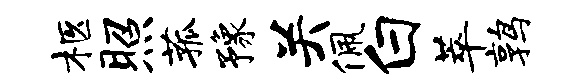
柩照菰豫关佩白萃鹑